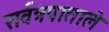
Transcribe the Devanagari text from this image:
सर्वत्रपाताले